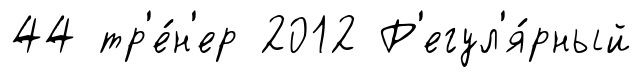
44 тр'е́н'ер 2012 Р'егул'я́рный